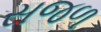
સજળ